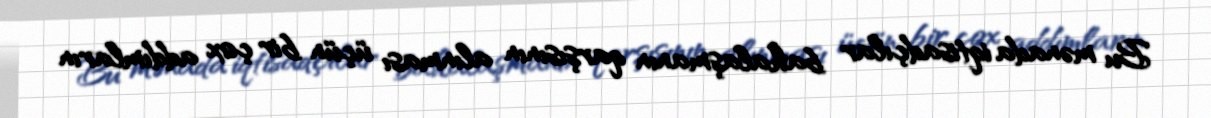
Bu mənada iqtisadçılar bahalaşmanın qarşısının alınması üçün bir çox addımların